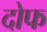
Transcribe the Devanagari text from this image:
दोफ